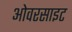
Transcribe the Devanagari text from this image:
ओवरसाइट